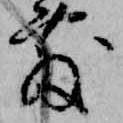
敷